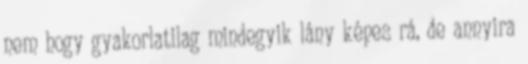
nem hogy gyakorlatilag mindegyik lány képes rá, de annyira